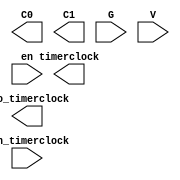
//Verilog HDL for "VIS015libraryRAW", "ARD00timerclockRAW1" "functional"


module ARD00timerclockRAW1 ( C0, C1, tdo_timerclock, timerclock, G, V, en, ten_timerclock
);

  input V;
  output timerclock;
  output tdo_timerclock;
  input ten_timerclock;
  input en;
  input G;
  output C1;
  output C0;
endmodule